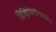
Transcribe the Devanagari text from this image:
दिव्हिजियोनमधील